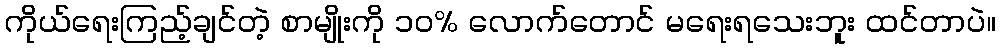
ကိုယ်ရေးကြည့်ချင်တဲ့ စာမျိုးကို ၁၀% လောက်တောင် မရေးရသေးဘူး ထင်တာပဲ။